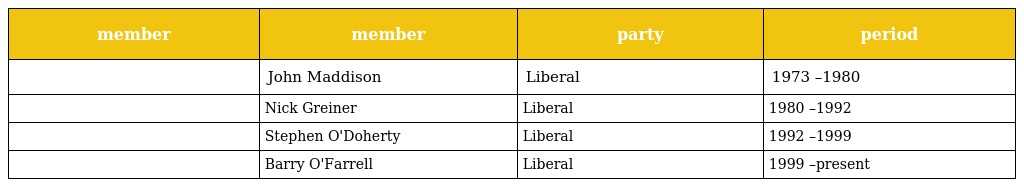
| member | member | party | period |
 | --- | --- | --- | --- |
 |  | John Maddison | Liberal | 1973 –1980 |
 |  | Nick Greiner | Liberal | 1980 –1992 |
 |  | Stephen O'Doherty | Liberal | 1992 –1999 |
 |  | Barry O'Farrell | Liberal | 1999 –present |